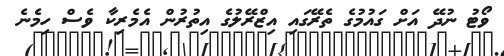
ވޯޓު ނުދޭ އަށް ގައުމުގެ ތެރޭގައި އިޒްރޭލުގެ އިތުރުން އެމެރިކާ ވެސް ހިމެނެ